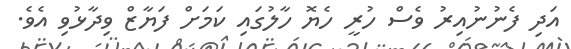
އަދި ފެނުނުއިރު ވެސް ހުރީ ހެޔޮ ހާލުގައި ކަމަށް ފަޔާޒް ވިދާޅުވި އެވެ.